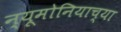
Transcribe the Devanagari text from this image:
न्यूमोनियाच्या